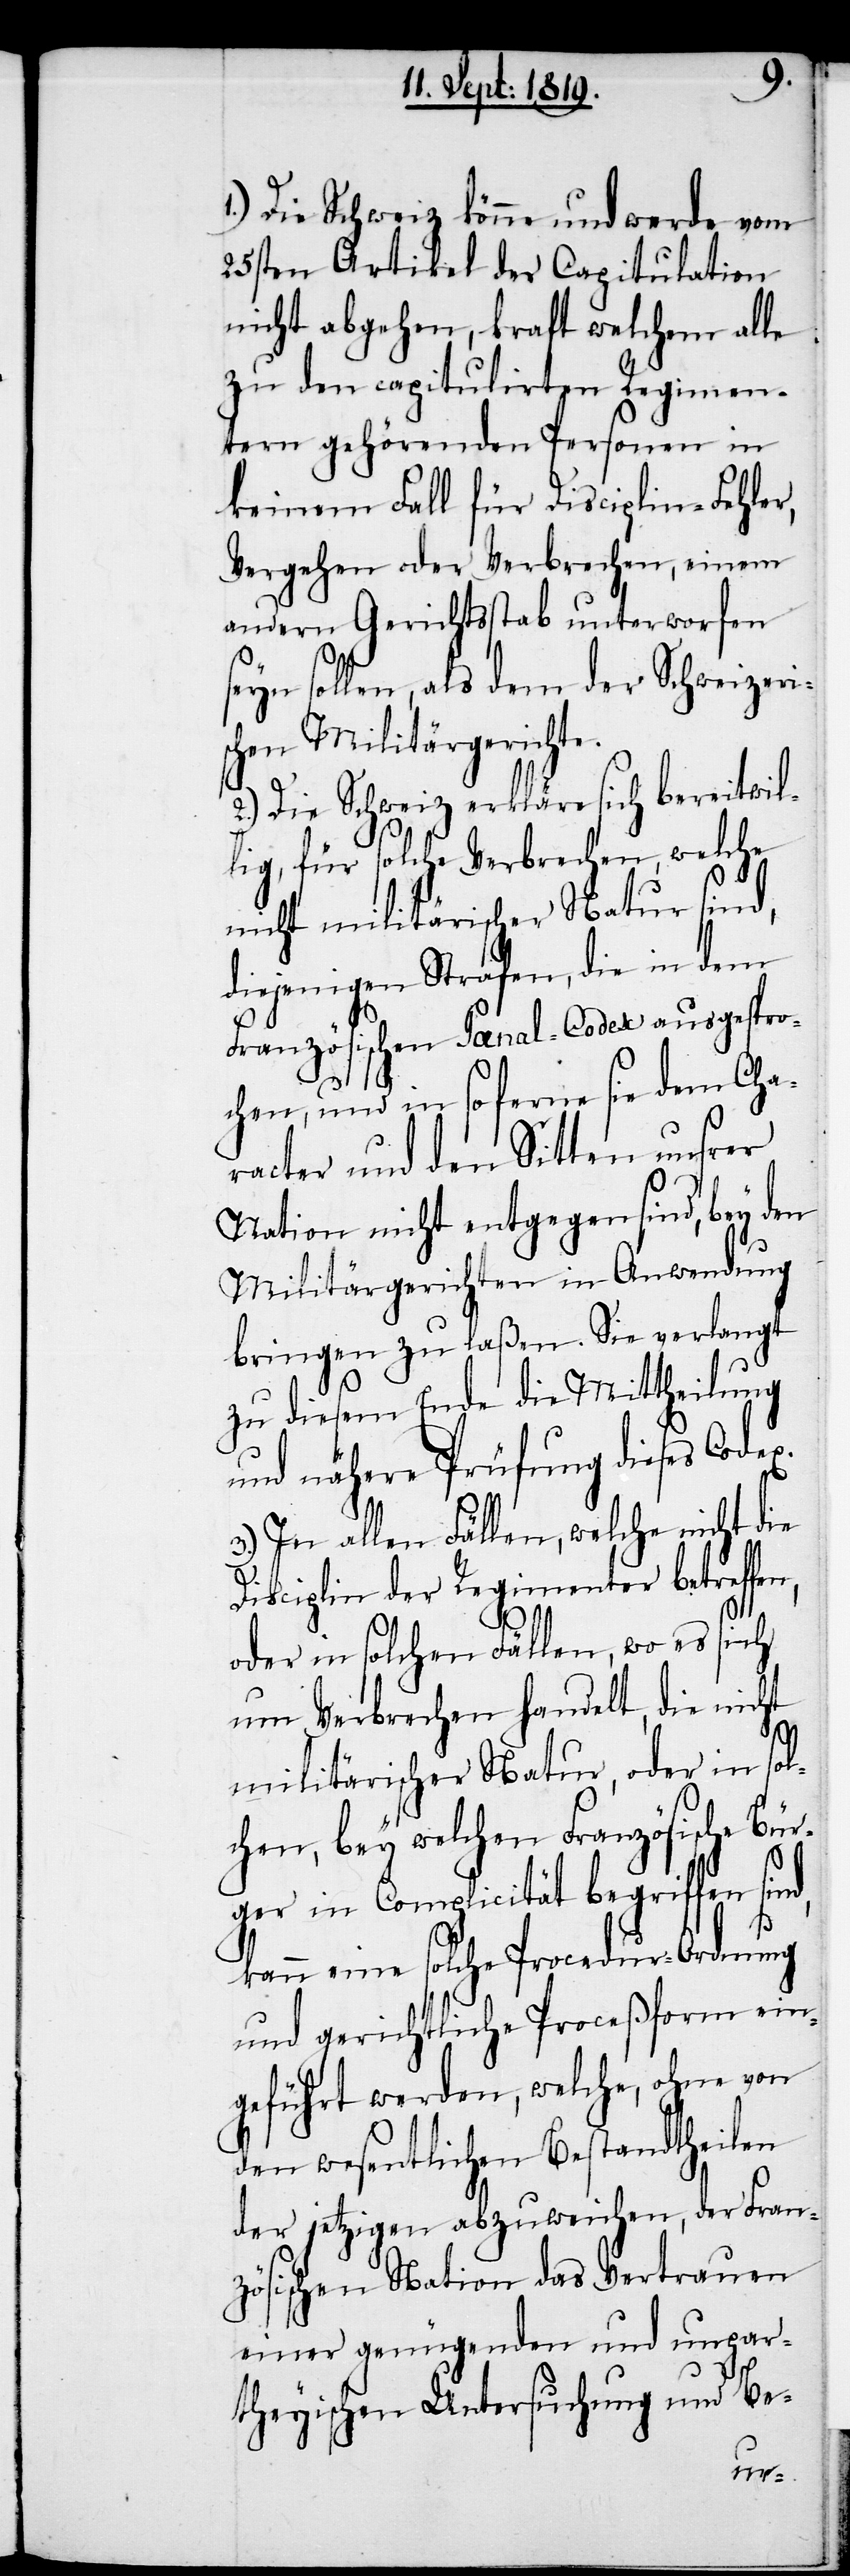
1.) Die Schweiz könne und werde vom
25sten Artikel der Capitulation
nicht abgehen, kraft welchem alle
zu den capitulirten Regimen¬
tern gehörenden Personen in
keinem Fall für Disciplin-Fehler,
Vergehen oder Verbrechen, einem
andern Gerichtsstab unterworfen
seyn sollen, als dem der Schweizeri¬
schen Militärgerichte.
2.) Die Schweiz erkläre sich bereitwil¬
lig, für solche Verbrechen, welche
nicht militärischer Natur sind,
diejenigen Strafen, die in dem
Französischen Paenal-Codex ausgespro¬
chen, und in so ferne sie dem Cha¬
racter und den Sitten unsrer
Nation nicht entgegen sind, bey den
Militärgerichten in Anwendung
bringen zu laßen. Sie verlangt
zu diesem Ende die Mittheilung
und nähere Prüfung dieses Codex.
3.) In allen Fällen, welche nicht die
Disciplin der Regimenter betreffe¬
n,
oder in solchen Fällen, wo es sich
um Verbrechen handelt, die nicht
militärischer Natur, oder in sol¬
chen, bey welchen Französische Bür¬
ger in Complicität begriffen sind,
kann eine solche Procedur-Ordnung
und gerichtliche Proceßform ein¬
geführt werden, welche, ohne von
den wesentlichen Bestandtheilen
der jetzigen abzuweichen, der Fran¬
zösischen Nation das Vertrauen
einer genügenden und unpar¬
theyischen Untersuchung und Be-